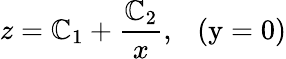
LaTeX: z=\mathbb{C}_{1}+\frac{{\mathbb{C}_{2}}}{{x}},\ \ \ \mathrm{{(y=0)}}